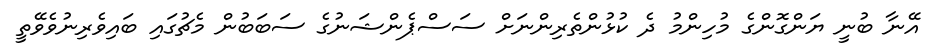
އޭނާ ބުނީ ޔަންގޮންގެ މުހިންމު ދެ ކުޅުންތެރިންނަށް ސަސްޕެންޝަނުގެ ސަބަބުން މެޗުގައި ބައިވެރިނުވެވޭތީ